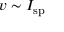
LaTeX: v \sim I _ { \mathrm { s p } }